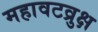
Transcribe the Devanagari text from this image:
महावटव्रुक्ष